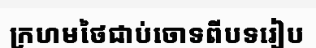
ក្រហមថៃជាប់ចោទពីបទរៀប